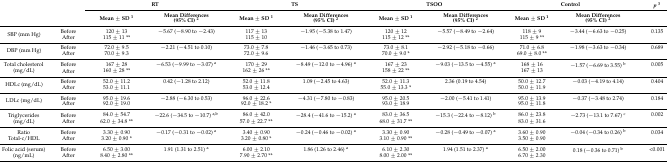
<table><thead><tr><td rowspan="2" colspan="2"></td><td colspan="2"><b>RT</b></td><td colspan="2"><b>TS</b></td><td colspan="2"><b>TSOO</b></td><td colspan="2"><b>Control</b></td><td><b><i>p</i><sup>3</sup></b></td></tr><tr><td><b>Mean ± SD <sup>1</sup></b></td><td><b>Mean Differences (95% CI) <sup>2</sup></b></td><td><b>Mean ± SD <sup>1</sup></b></td><td><b>Mean Differences (95% CI) <sup>2</sup></b></td><td><b>Mean ± SD <sup>1</sup></b></td><td><b>Mean Differences (95% CI) <sup>2</sup></b></td><td><b>Mean ± SD <sup>1</sup></b></td><td><b>Mean Differences (95% CI) <sup>2</sup></b></td><td></td></tr></thead><tbody><tr><td rowspan="2">SBP (mm Hg)</td><td>Before</td><td>120 ± 13</td><td>−5.67 (−8.90 to −2.43)</td><td>117 ± 13</td><td>−1.95 (−5.38 to 1.47)</td><td>120 ± 12</td><td>−5.57 (−8.49 to −2.64)</td><td>118 ± 9</td><td>−3.44 (−6.63 to −0.25)</td><td>0.135</td></tr><tr><td>After</td><td>115 ± 11 **</td><td></td><td>115 ± 10</td><td></td><td>115 ± 12 **</td><td></td><td>115 ± 9 **</td><td></td><td></td></tr><tr><td rowspan="2">DBP (mm Hg)</td><td>Before</td><td>72.0 ± 9.5</td><td>−2.21 (−4.51 to 0.10)</td><td>73.0 ± 7.8</td><td>−1.46 (−3.65 to 0.73)</td><td>73.0 ± 8.1</td><td>−2.92 (−5.18 to −0.66)</td><td>71.0 ± 6.8</td><td>−1.98 (−3.63 to −0.34)</td><td>0.689</td></tr><tr><td>After</td><td>70.0 ± 9.3</td><td></td><td>72.0 ± 9.6</td><td></td><td>70.0 ± 9.0 *</td><td></td><td>69.0 ± 8.0 **</td><td></td><td></td></tr><tr><td rowspan="2">Total cholesterol (mg/dL)</td><td>Before</td><td>167 ± 28</td><td>−6.53 (−9.99 to −3.07) <sup>a</sup></td><td>170 ± 29</td><td>−8.49 (−12.0 to −4.96) <sup>a</sup></td><td>167 ± 23</td><td>−9.03 (−13.5 to −4.55) <sup>a</sup></td><td>168 ± 16</td><td>−1.57 (−6.69 to 3.55) <sup>b</sup></td><td>0.005</td></tr><tr><td>After</td><td>160 ± 28 **</td><td></td><td>162 ± 26 **</td><td></td><td>158 ± 22 **</td><td></td><td>167 ± 13</td><td></td><td></td></tr><tr><td rowspan="2">HDLc (mg/dL)</td><td>Before</td><td>52.0 ± 11.2</td><td>0.42 (−1.28 to 2.12)</td><td>52.0 ± 11.8</td><td>1.09 (−2.45 to 4.63)</td><td>52.0 ± 11.3</td><td>2.36 (0.19 to 4.54)</td><td>50.0 ± 12.7</td><td>−0.03 (−4.19 to 4.14)</td><td>0.404</td></tr><tr><td>After</td><td>53.0 ± 11.1</td><td></td><td>53.0 ± 12.4</td><td></td><td>55.0 ± 13.3 *</td><td></td><td>50.0 ± 11.9</td><td></td><td></td></tr><tr><td rowspan="2">LDLc (mg/dL)</td><td>Before</td><td>95.0 ± 19.6</td><td>−2.88 (−6.30 to 0.53)</td><td>96.0 ± 22.6</td><td>−4.31 (−7.80 to −0.83)</td><td>95.0 ± 20.5</td><td>−2.00 (−5.41 to 1.41)</td><td>95.0 ± 13.9</td><td>−0.37 (−3.48 to 2.74)</td><td>0.184</td></tr><tr><td>After</td><td>92.0 ± 19.0</td><td></td><td>92.0 ± 18.2 *</td><td></td><td>93.0 ± 18.9</td><td></td><td>95.0 ± 11.8</td><td></td><td></td></tr><tr><td rowspan="2">Triglycerides (mg/dL)</td><td>Before</td><td>84.0 ± 54.7</td><td>−22.6 (−34.5 to −10.7) <sup>a,b</sup></td><td>86.0 ± 42.0</td><td>−28.4 (−41.6 to −15.2) <sup>a</sup></td><td>83.0 ± 36.5</td><td>−15.3 (−22.4 to −8.12) <sup>b</sup></td><td>86.0 ± 23.8</td><td>−2.73 (−13.1 to 7.67) <sup>c</sup></td><td>0.002</td></tr><tr><td>After</td><td>62.0 ± 34.8 **</td><td></td><td>57.0 ± 22.7 **</td><td></td><td>68.0 ± 31.7 **</td><td></td><td>83.0 ± 31.6</td><td></td><td></td></tr><tr><td rowspan="2">Ratio Total-c/HDL</td><td>Before</td><td>3.30 ± 0.90</td><td>−0.17 (−0.31 to −0.02) <sup>a</sup></td><td>3.40 ± 0.90</td><td>−0.24 (−0.46 to −0.02) <sup>a</sup></td><td>3.30 ± 0.90</td><td>−0.28 (−0.49 to −0.07) <sup>a</sup></td><td>3.60 ± 0.90</td><td>−0.04 (−0.34 to 0.26) <sup>b</sup></td><td>0.034</td></tr><tr><td>After</td><td>3.20 ± 0.90 *</td><td></td><td>3.20 ± 0.80 *</td><td></td><td>3.10 ± 0.90 **</td><td></td><td>3.50 ± 0.90</td><td></td><td></td></tr><tr><td>Folic acid (serum)</td><td>Before</td><td>6.50 ± 3.00</td><td>1.91 (1.31 to 2.51) <sup>a</sup></td><td>6.00 ± 2.10</td><td>1.86 (1.26 to 2.46) <sup>a</sup></td><td>6.10 ± 2.30</td><td>1.94 (1.51 to 2.37) <sup>a</sup></td><td>6.50 ± 2.00</td><td>0.18 (−0.36 to 0.71) <sup>b</sup></td><td>&lt;0.001</td></tr><tr><td>(ng/mL)</td><td>After</td><td>8.40 ± 2.80 **</td><td></td><td>7.90 ± 2.70 **</td><td></td><td>8.00 ± 2.00 **</td><td></td><td>6.70 ± 2.30</td><td></td><td></td></tr></tbody></table>